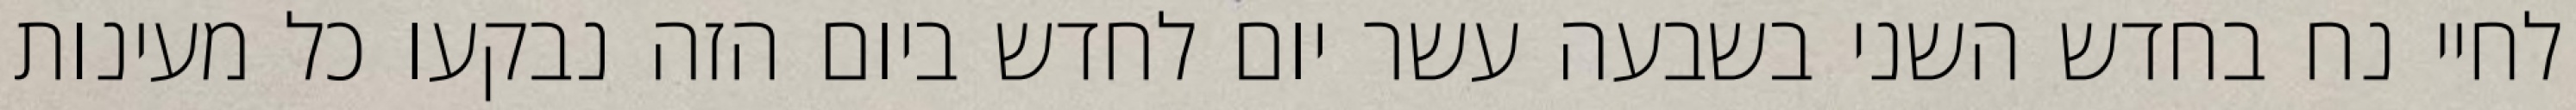
לחיי נח בחדש השני בשבעה עשר יום לחדש ביום הזה נבקעו כל מעינות